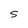
Character: S